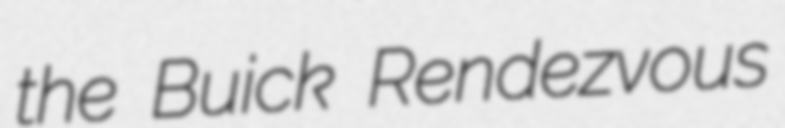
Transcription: the Buick Rendezvous